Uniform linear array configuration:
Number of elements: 16
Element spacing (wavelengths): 0.75
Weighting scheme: uniform
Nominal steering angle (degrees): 0
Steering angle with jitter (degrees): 1.767
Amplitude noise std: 0.05
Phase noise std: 0.05

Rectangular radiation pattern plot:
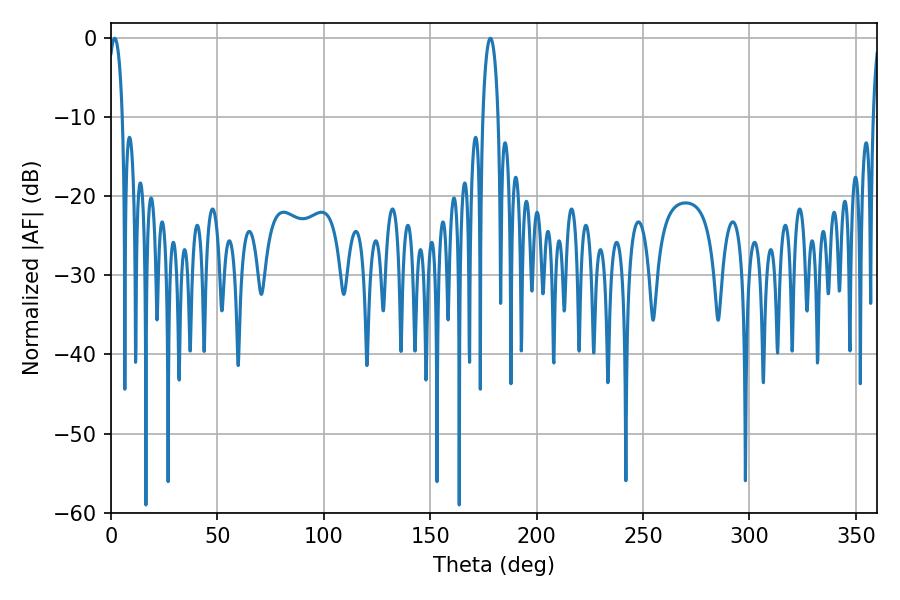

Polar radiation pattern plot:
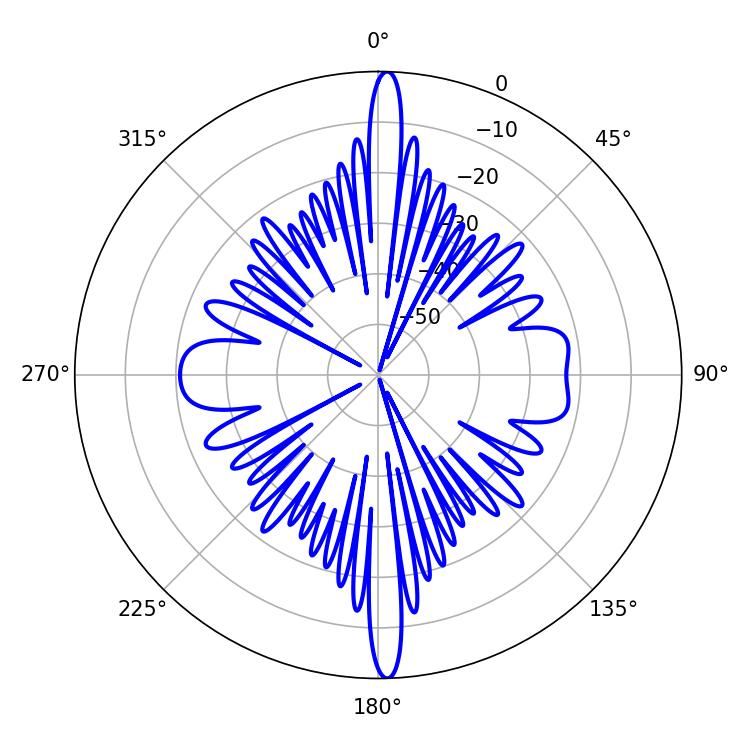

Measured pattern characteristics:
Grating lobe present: TRUE
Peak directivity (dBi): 25.927
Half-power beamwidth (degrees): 3.78
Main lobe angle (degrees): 1.8